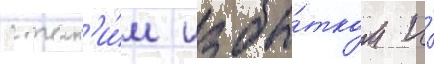
с так'и́м избы́тком и́